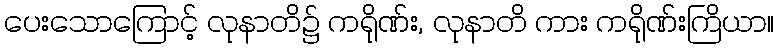
ပေးသောကြောင့် လုနာတိ၌ ကရိုဏ်း, လုနာတိ ကား ကရိုဏ်းကြိယာ။